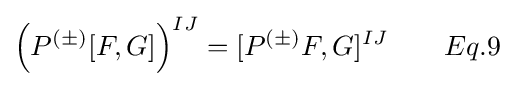
\left(P^{(\pm )}[F,G]\right)^{IJ}=[P^{(\pm )}F,G]^{IJ}\qquad Eq.9